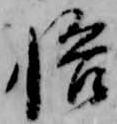
悟